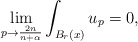
\begin{align*} \lim_{p\to \frac{2n}{n+\alpha}}\int_{B_r(x)} u_p =0,\end{align*}